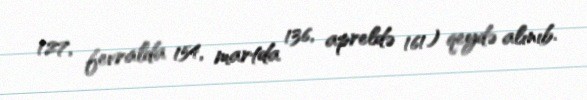
127, fevralda 154, martda 136, apreldə 161) qeydə alınıb.